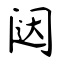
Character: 闼